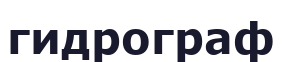
гидрограф